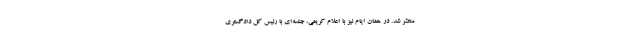
منتشر شد. در همان ایام نیز با اعلام کریمی، جلسه‌ای با رئیس کل دادگستری